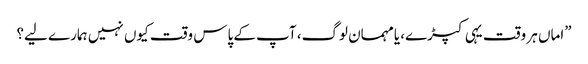
”اماں ہر وقت یہی کپڑے، یامہمان لوگ، آپ کے پاس وقت کیوں نہیں ہمارے لیے؟